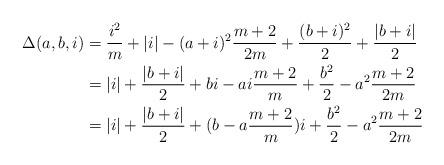
LaTeX: \begin{align*} \Delta(a, b, i) &= \frac{i^2}{m} + |i| - (a+i)^2 \frac{m+2}{2m} + \frac{(b+i)^2}{2} + \frac{|b+i|}{2} \\ &= |i| + \frac{|b+i|}{2} +bi - ai \frac{m+2}{m} +\frac{b^2}{2} - a^2\frac{m+2}{2m} \\ &= |i| + \frac{|b+i|}{2} + (b- a \frac{m+2}{m} ) i +\frac{b^2}{2} - a^2\frac{m+2}{2m} \end{align*}